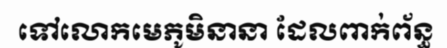
ទៅលោកមេភូមិនានា ដែលពាក់ព័ន្ធ